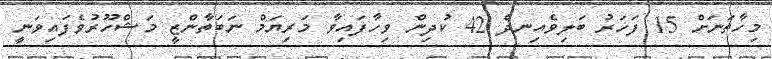
މިހާތަނަށް 15 ފަހަރު ބަލިވެއިނދެ 42 ކުދިން ވިހާފައިވާ މަރިޔަމް ނަބަތާންޒީ މަޝްހޫރުވެފައިވަނީ